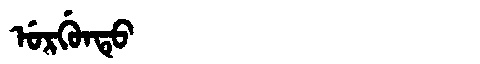
Manchu: ᡠᡵᡤᡠᠨᡨᡠ
Romanization: URGUNTU